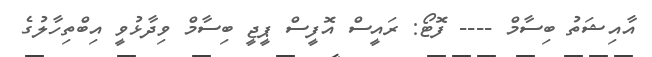
އާއިޝަތު ބިސާމް ---- ފޮޓޯ: ރައީސް އޮފީސް ޕީޖީ ބިސާމް ވިދާޅުވީ އިބްތިހާލުގެ